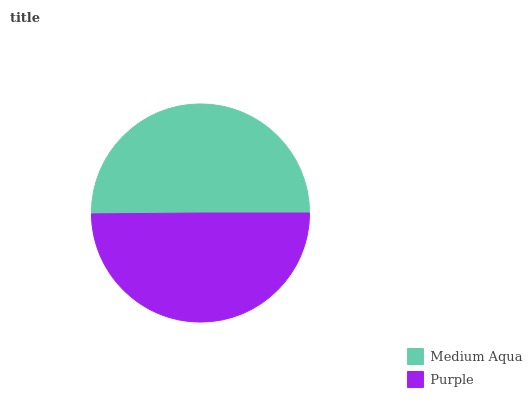
| Medium Aqua | Purple |
 | --- | --- |
 | 50.2% | 49.8% |